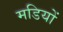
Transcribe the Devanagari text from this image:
मडियों